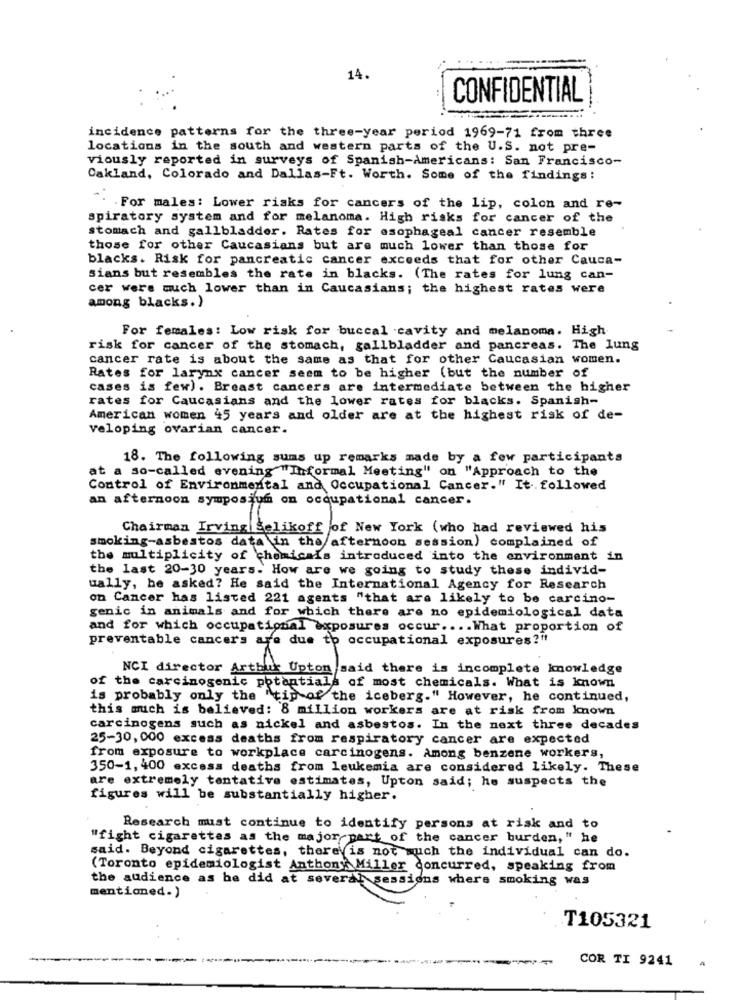
14.
CONFIDENTIAL
incidence patterns for the three-year period 1969-71 from three
locations in the south and western parts of the U.S. not pre-
viously reported in surveys of Spanish-Americans: San Francisco-
Oakland, Colorado and Dallas-Ft. Worth. Some of the findings:
". . For males: Lower risks for cancers of the lip, colon and re-
spiratory system and for melanoma. High risks for cancer of the
stomach and gallbladder. Rates for esophageal cancer resemble
those for other Caucasians but are much lower than those for
blacks. Risk for pancreatic cancer exceeds that for other Cauca-
sians but resembles the rate in blacks. (The rates for lung can-
cer were much lower than in Caucasians; the highest rates were
among blacks.)
For females: Low risk for buccal cavity and melanoma. High
risk for cancer of the stomach, gallbladder and pancreas. The lung
cancer rate is about the same as that for other Caucasian women.
Rates for larynx cancer seem to be higher (but the number of
cases is few). Breast cancers are intermediate between the higher
rates for Caucasians and the lower rates for blacks. Spanish-
American women 45 years and older are at the highest risk of de-
veloping ovarian cancer.
18. The following sums up remarks made by a few participants
at a so-called evening "Informal Meeting" on "Approach to the
Control of Environmental and Occupational Cancer." It.followed
an afternoon symposium on occupational cancer.
Chairman Irving Selikoff of New York (who had reviewed his
smoking-asbestos data in the afternoon session) complained of
the multiplicity of chemicalis introduced into the environment in
the last 20-30 years. How are we going to study these individ-
ually, he asked? He said the International Agency for Research
on Cancer has listed 221 agents "that are likely to be carcino-
genic in animals and for which there are no epidemiological data
and for which occupational exposures occur .... What proportion of
preventable cancers are due to occupational exposures?"
NCI director Artbur Upton said there is incomplete knowledge
of the carcinogenic potentials of most chemicals. What is known
is probably only the "tip of the iceberg." However, he continued,
this much is believed: 8 million workers are at risk from known
carcinogens such as nickel and asbestos. In the next three decades
25-30, 000 excess deaths from respiratory cancer are expected
from exposure to workplace carcinogens. Among benzene workers,
350-1, 400 excess deaths from leukemia are considered likely. These
are extremely tentative estimates, Upton said; he suspects the
figures will be substantially higher.
Research must continue to identify persons at risk and to
"fight cigarettes as the major part of the cancer burden, " he
said. Beyond cigarettes, there is not much the individual can do.
(Toronto epidemiologist Anthony Miller concurred, speaking from
the audience as he did at several sessions where smoking was
mentioned.)
T105321
COR TI 9241